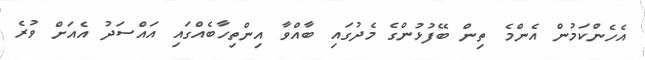
އެހެންކަމުން އެންމެ ތިން ބޭފުޅުންގެ މެދުގައި ބާއްވާ އިންތިހާބެއްގައި އައްސަދު އެއަށް ވުރެ